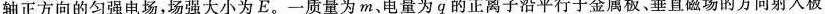
轴正方向的匀强电场，场强大小为E。一质量为m、电量为q的正离子沿平行于金属板、垂直磁场的方向射入板